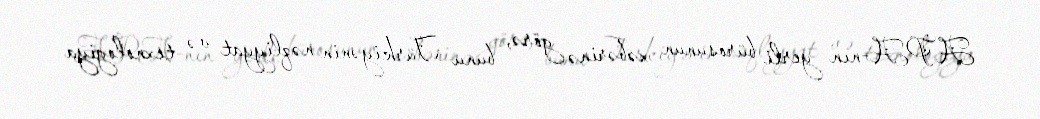
APA-nın yerli bürosunun xəbərinə görə, bunu Türkiyənin nəqliyyat və texnologiya